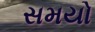
સમયો